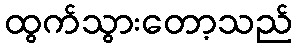
ထွက်သွားတော့သည်